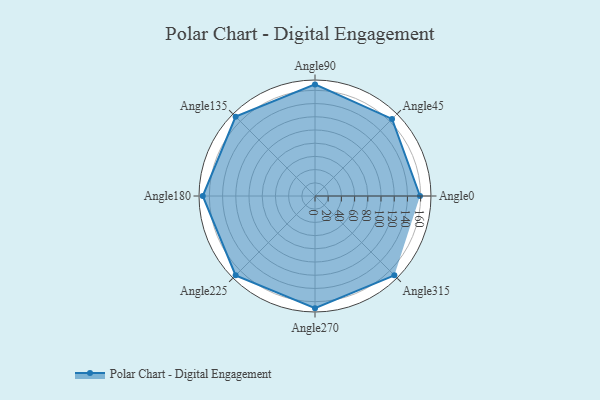
{"axis": {"x": "Angle", "y": "Radius"}, "legend": [""], "data": [{"x": "Angle0", "y": 159.0, "type": ""}, {"x": "Angle45", "y": 165.0, "type": ""}, {"x": "Angle90", "y": 169.0, "type": ""}, {"x": "Angle135", "y": 170, "type": ""}, {"x": "Angle180", "y": 170, "type": ""}, {"x": "Angle225", "y": 170, "type": ""}, {"x": "Angle270", "y": 170, "type": ""}, {"x": "Angle315", "y": 170, "type": ""}]}